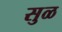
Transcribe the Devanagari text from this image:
सुळ